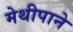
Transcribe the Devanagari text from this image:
मेथीपाने